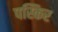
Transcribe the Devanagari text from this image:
पस्किर